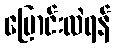
ပြောင်းလဲရန်